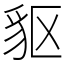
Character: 䝙